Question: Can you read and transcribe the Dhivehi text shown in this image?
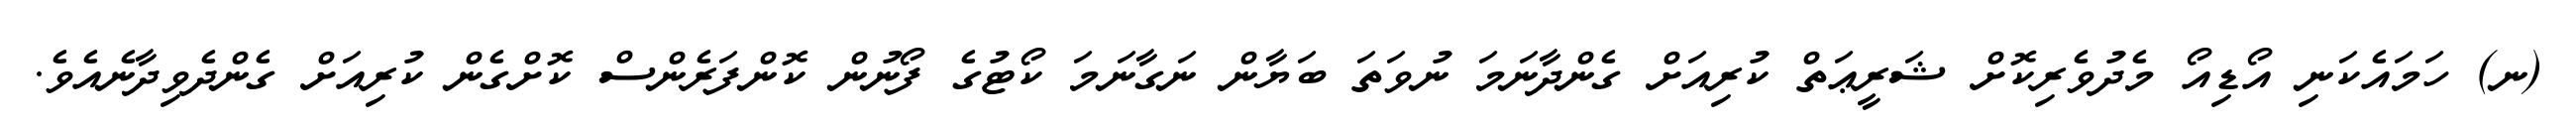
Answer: (ނ) ހަމައެކަނި އޯޑިއޯ މެދުވެރިކޮށް ޝަރީޢަތް ކުރިއަށް ގެންދާނަމަ ނުވަތަ ބަޔާން ނަގާނަމަ ކޯޓުގެ ފޯނުން ކޮންފަރެންސް ކޮށްގެން ކުރިއަށް ގެންދެވިދާނެއެވެ.